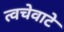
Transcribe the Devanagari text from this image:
त्वचेवाटे